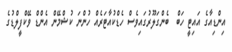
އިންޑިއާގެ އައިޓީ ހަބް  ބެންގަލޫރުގައިވެސް ހެޑްކުއާޓަރެއް ހުންނަ ކުޝްމޭން އެންޑް ވޭކްފީލްޑުގެ